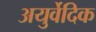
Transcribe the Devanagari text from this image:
अयुर्वेदिक